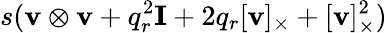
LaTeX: s(\mathbf{v}\otimes\mathbf{v}+q_{r}^{2}\mathbf{I}+2q_{r}[\mathbf{v}]_{\times}+[\mathbf{v}]_{\times}^{2})